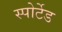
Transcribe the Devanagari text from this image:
स्पोर्टेड